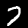
Digit: 7